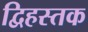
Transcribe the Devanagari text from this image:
द्विहस्तक